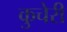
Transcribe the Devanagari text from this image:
कुचेरी